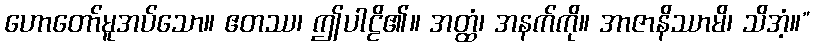
ဟောတော်မူအပ်သော။ ဧတဿ၊ ဤပါဠိ၏။ အတ္ထံ၊ အနက်ကို။ အာဇာနိဿာမိ၊ သိအံ့။”